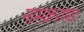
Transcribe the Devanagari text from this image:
नामकरणात